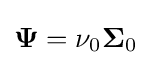
{\boldsymbol {\Psi }}=\nu _{0}{\boldsymbol {\Sigma }}_{0}